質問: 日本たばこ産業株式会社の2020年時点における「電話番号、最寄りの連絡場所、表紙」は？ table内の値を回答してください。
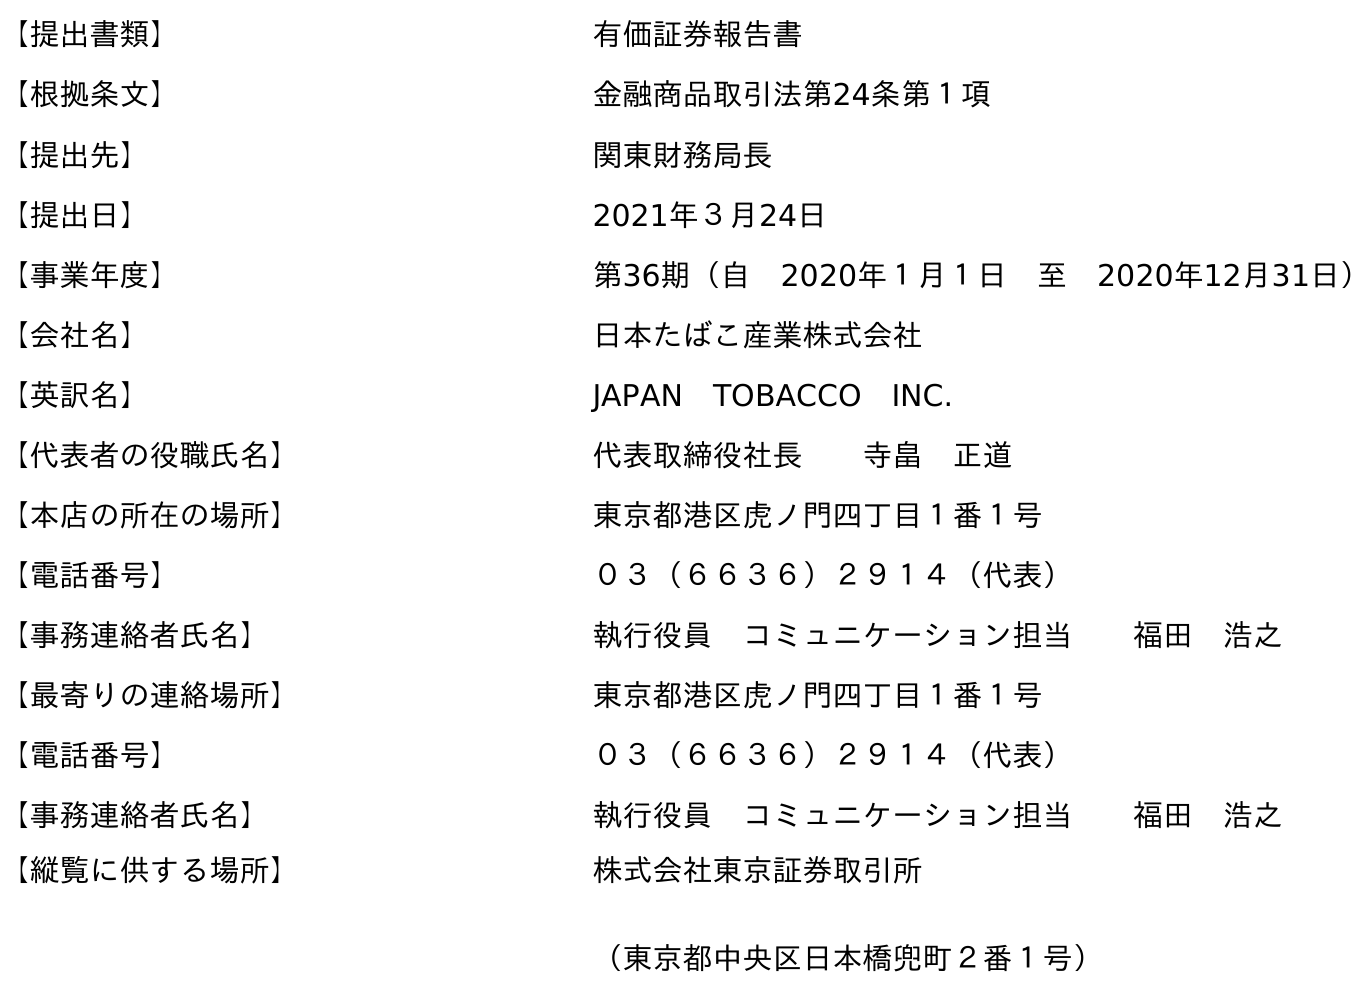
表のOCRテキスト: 【提出書類】 有価証券報告書 【根拠条文】 金融商品取引法第24条第１項 【提出先】 関東財務局長 【提出日】 2021年３月24日 【事業年度】 第36期（自 2020年１月１日 至 2020年12月31日） 【会社名】 日本たばこ産業株式会社 【英訳名】 JAPAN TOBACCO INC. 【代表者の役職氏名】 代表取締役社長  寺畠 正道 【本店の所在の場所】 東京都港区虎ノ門四丁目１番１号 【電話番号】 ０３（６６３６）２９１４（代表） 【事務連絡者氏名】 執行役員 コミュニケーション担当  福田 浩之 【最寄りの連絡場所】 東京都港区虎ノ門四丁目１番１号 【電話番号】 ０３（６６３６）２９１４（代表） 【事務連絡者氏名】 執行役員 コミュニケーション担当  福田 浩之 【縦覧に供する場所】 株式会社東京証券取引所 （東京都中央区日本橋兜町２番１号）
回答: ０３（６６３６）２９１４（代表）